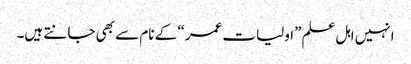
انہیں اہل علم ”اولیات عمر“ کے نام سے بھی جانتے ہیں۔